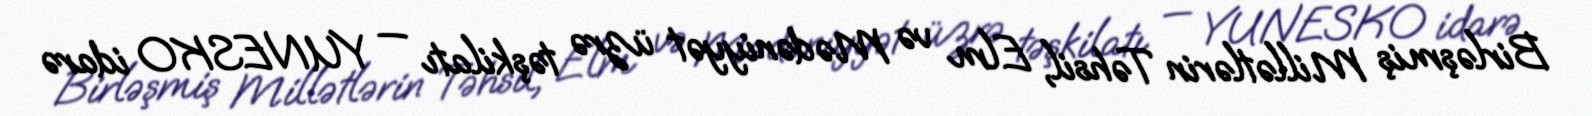
Birləşmiş Millətlərin Təhsil, Elm və Mədəniyyət üzrə təşkilatı — YUNESKO idarə